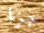
جزءا